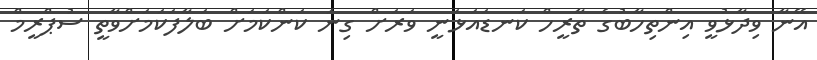
އޭނާ ވިދާޅުވީ އިންތިހާބުގެ ތާރީހް ކަނޑައަޅަނީ ވަރަށް ގިނަ ކަންކަމަށް ބަލާފަކަމަށްވާތީ ސުޕްރީމް